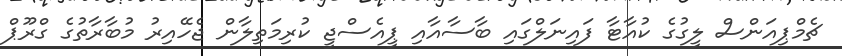
ޗެމްޕިއަންސް ލީގުގެ ކުއާޓާ ފައިނަލްގައި ބާސާއާއި ޕީއެސްޖީ ކުރިމަތިލާން ޖެހޭއިރު މުބާރާތުގެ ގްރޫޕް